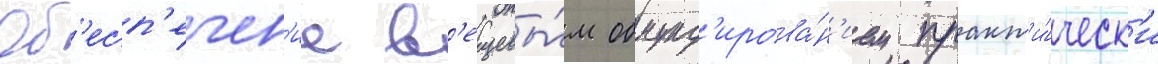
Об'есп'ечен'ие в'ещевы́м обмунд'ирова́н'ием практ'и́ческ'и